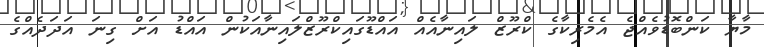
މާޔާ ކަންބޮޑުވެއްޖެ އެމެރިކާގެ ކްރޫޒް ލައިނާއެއް އައްޑޫގައިކްރޫޒްލައިނާއަކުން އައްޑު އަށް ގިނަ އަދަދެއްގެ